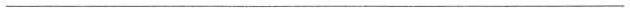
___